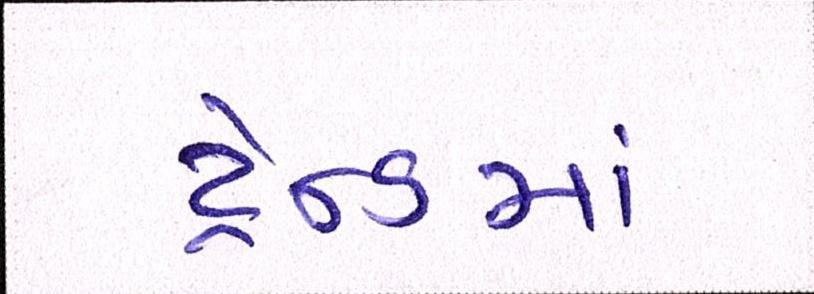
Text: ટ્રેન્ડમાં